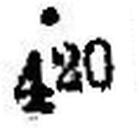
420